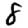
Digit: 8